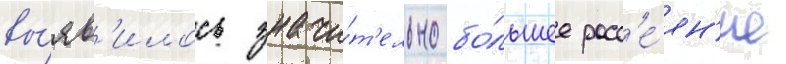
вы́яв'илось значи́т'ельно бо́льшее расс'е́ян'ие